Punjab Mental Hospital Lahore 1932-46 - 1932-1946
Year: 1932
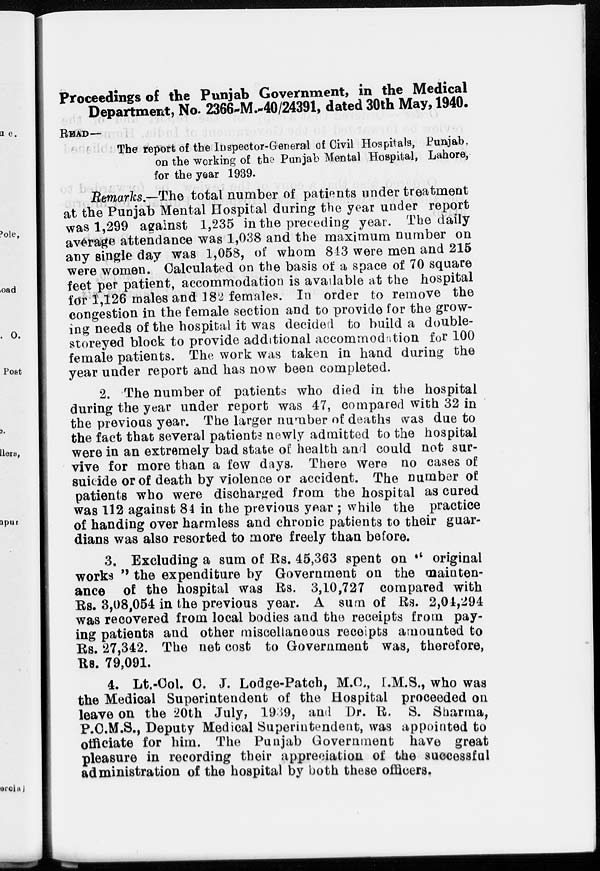
Proceedings of the Punjab Government, in the Medical
Department, No. 2366-M.-40/24391, dated 30th May, 1940.
READ—
The report of the Inspector-General of Civil Hospitals, Punjab,
on the working of the Punjab Mental Hospital, Lahore,
for the year 1939.
Remarks.—The total number of patients under treatment
at the Punjab Mental Hospital during the year under report
was 1,299 against 1,235 in the preceding year. The daily
average attendance was 1,038 and the maximum number on
any single day was 1,058, of whom 843 were men and 215
were women. Calculated on the basis of a space of 70 square
feet per patient, accommodation is available at the hospital
for 1,126 males and 182 females. In order to remove the
congestion in the female section and to provide for the grow-
ing needs of the hospital it was decided to build a double-
storeyed block to provide additional accommodation for 100
female patients. The work was taken in hand during the
year under report and has now been completed.
2. The number of patients who died in the hospital
during the year under report was 47, compared with 32 in
the previous year. The larger number of deaths was due to
the fact that several patients newly admitted to the hospital
were in an extremely bad state of health and could not sur-
vive for more than a few days. There were no cases of
suicide or of death by violence or accident. The number of
patients who were discharged from the hospital as cured
was 112 against 84 in the previous year ; while the practice
of handing over harmless and chronic patients to their guar-
dians was also resorted to more freely than before.
3. Excluding a sum of Rs. 45,363 spent on " original
works " the expenditure by Government on the mainten-
ance of the hospital was Rs. 3,10,727 compared with
Rs. 3,08,054 in the previous year. A sum of Rs. 2,04,294
was recovered from local bodies and the receipts from pay-
ing patients and other miscellaneous receipts amounted to
Rs. 27,342. The net cost to Government was, therefore,
Rs. 79,091.
4. Lt.-Col. C. J. Lodge-Patch, M.C., I.M.S., who was
the Medical Superintendent of the Hospital proceeded on
leave on the 20th July, 1939, and Dr. R. S. Sharma,
P.C.M.S., Deputy Medical Superintendent, was appointed to
officiate for him. The Punjab Government have great
pleasure in recording their appreciation of the successful
administration of the hospital by both these officers.